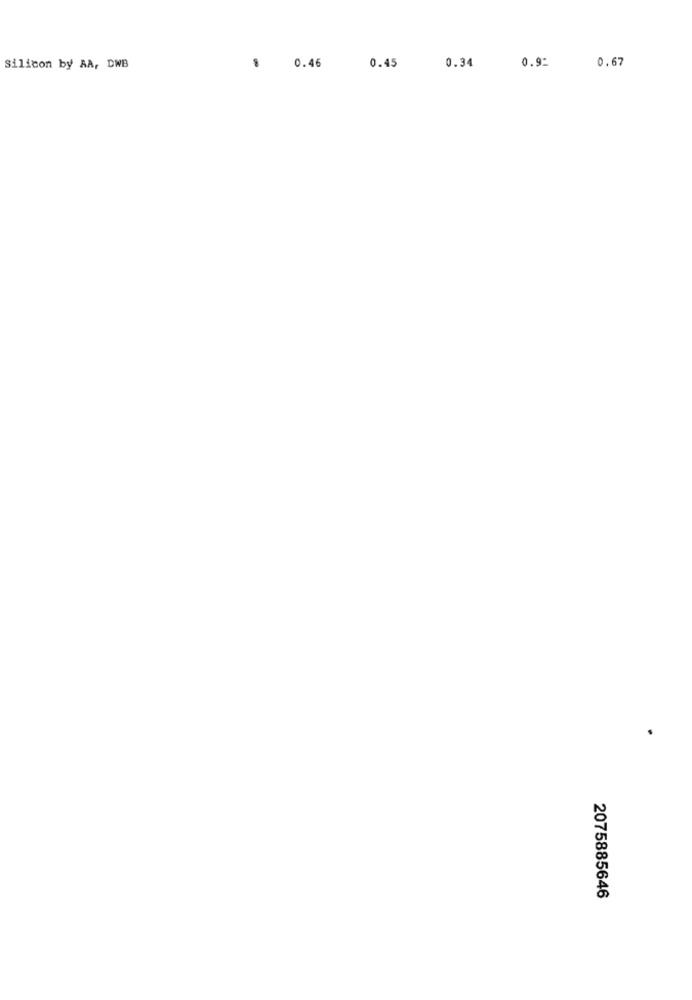
0.67
Silicon by AA, DWB
0.46
0.45
0.34
0.92
2075885646